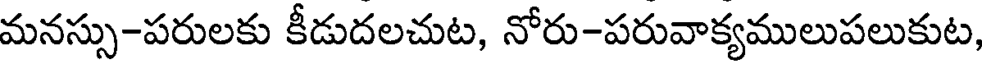
మనస్సు-పరులకు కీడుదలచుట, నోరు-పరువాక్యములుపలుకుట,